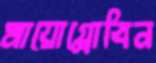
মায়োগ্লোবিন